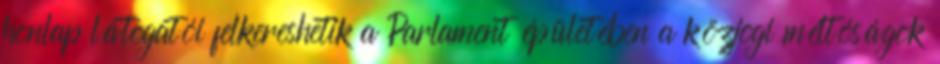
honlap látogatói felkereshetik a Parlament épületében a közjogi méltóságok